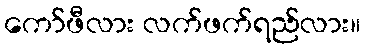
ကော်ဖီလား လက်ဖက်ရည်လား။